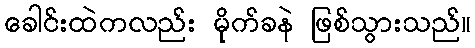
ခေါင်းထဲကလည်း မိုက်ခနဲ ဖြစ်သွားသည်။